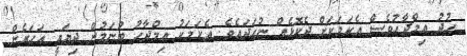
ހުދު އިމްދާހުވެސް އެކަމަކަށް ދެކޮޅެއް ނުހަދައެވެ. އެކަމަކު އިމްދާހު ބުނަމުން ދިޔައީ އަހަރެން